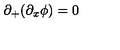
\partial _ { + } ( \partial _ { x } \phi ) = 0